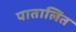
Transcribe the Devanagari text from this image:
पातालित